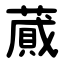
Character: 蕆